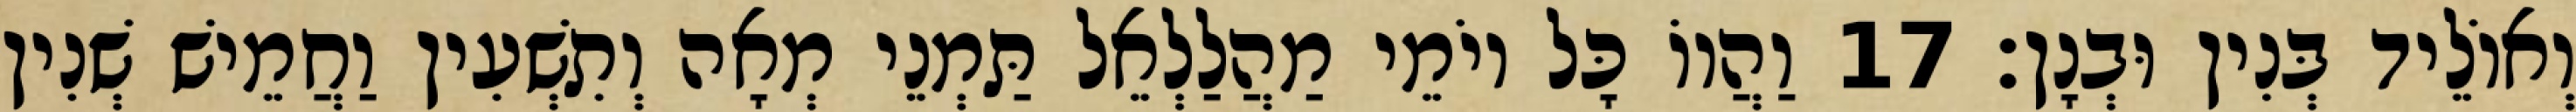
וְאוֹלֵיד בְּנִין וּבְנָן׃ 17 וַהֲווֹ כָּל יוֹמֵי מַהֲלַלְאֵל תַּמְנֵי מְאָה וְתִשְׁעִין וַחֲמֵישׁ שְׁנִין